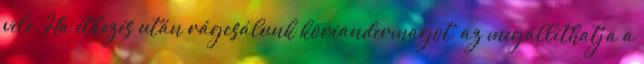
vele. Ha étkezés után rágcsálunk koriandermagot, az megállíthatja a